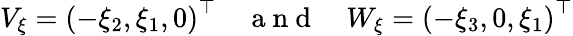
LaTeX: \begin{array}{r}{V_{\xi}=\left(-\xi_{2},\xi_{1},0\right)^{\top}\quad\mathrm{~a~n~d~}\quad W_{\xi}=\left(-\xi_{3},0,\xi_{1}\right)^{\top}}\end{array}